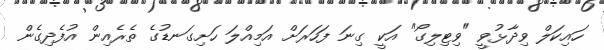
ހައިކަލް ވިދާޅުވީ "ވިޓިލިގޯ" އަކީ ގިނަ ފަހަރަށް އަމިއްލަ ހަށިގަނޑުގެ ތެރެއިން އުފެދިގެން